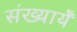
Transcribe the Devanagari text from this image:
संख्यायेँ